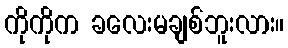
ကိုကိုက ခလေးမချစ်ဘူးလား။